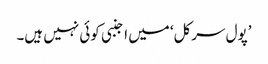
’پول سرکل‘ میں اجنبی کوئی نہیں ہیں۔